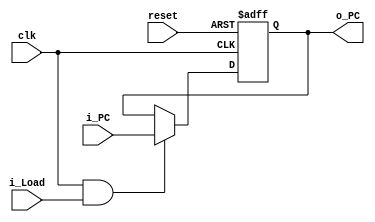
module pc (
    clk, 
    reset,
    i_Load, 
    i_PC,
    o_PC
    );

    parameter DATA_WIDTH = 32;
    
    input clk;
    input reset;
    input i_Load;
    input [DATA_WIDTH - 1:0] i_PC;

    output reg [DATA_WIDTH - 1:0] o_PC;

    always @(posedge clk, posedge reset) begin
        if (reset) 
            o_PC <= 32'b0;

        else if (clk && i_Load) 
            o_PC <= i_PC;

        else 
            o_PC <= o_PC;
    end

endmodule